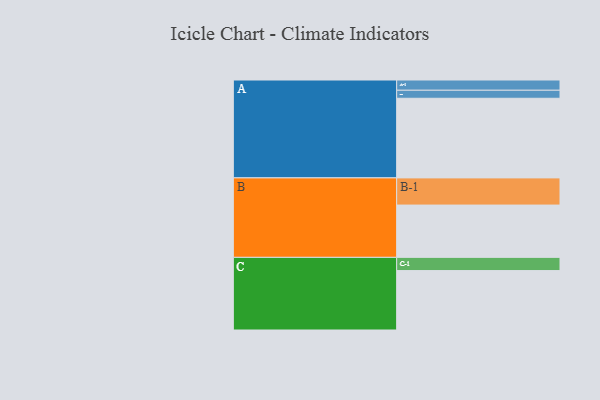
{"axis": {"x": "Segment", "y": "Value"}, "legend": ["", "A", "B", "C"], "data": [{"x": "A", "y": 536, "type": ""}, {"x": "B", "y": 352, "type": ""}, {"x": "C", "y": 400, "type": ""}, {"x": "A-1", "y": 69, "type": "A"}, {"x": "A-2", "y": 54, "type": "A"}, {"x": "B-1", "y": 183, "type": "B"}, {"x": "C-1", "y": 89, "type": "C"}]}